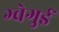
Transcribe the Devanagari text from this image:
ग्वेगुई